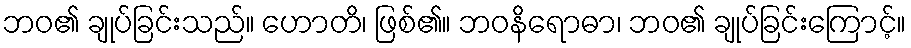
ဘဝ၏ ချုပ်ခြင်းသည်။ ဟောတိ၊ ဖြစ်၏။ ဘဝနိရောဓာ၊ ဘဝ၏ ချုပ်ခြင်းကြောင့်။